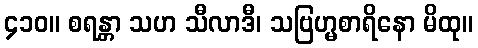
၄၁၀။ စရန္တာ သဟ သီလာဒီ၊ သဗြဟ္မစာရိနော မိထု။